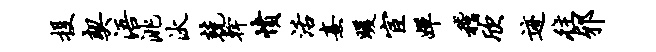
投契浯洮汰兢干愤活熹暖宦婵稽欣迹往邪